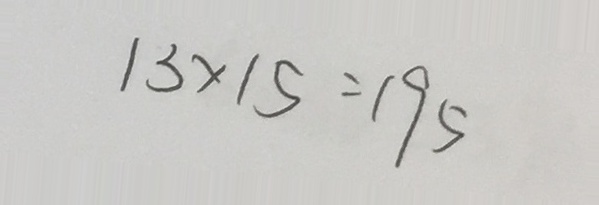
1 3 \times 1 5 = 1 9 5